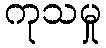
ကုသမှု